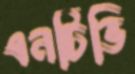
এনটিভি